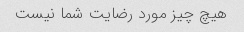
هیچ چیز مورد رضایت شما نیست